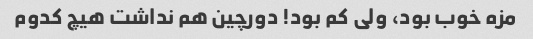
مزه خوب بود، ولی کم بود! دورچین هم نداشت هیچ کدوم